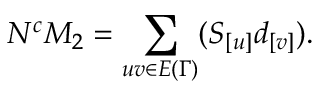
N ^ { c } M _ { 2 } = \sum _ { u v \in E { ( \Gamma ) } } ( S _ { [ u ] } d _ { [ v ] } ) .